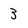
Character: 3